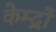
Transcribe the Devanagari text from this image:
केम्द्रों